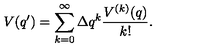
V ( q ^ { \prime } ) = \sum _ { k = 0 } ^ { \infty } \Delta q ^ { k } \frac { V ^ { ( k ) } ( q ) } { k ! } .